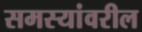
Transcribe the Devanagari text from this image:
समस्यांवरील